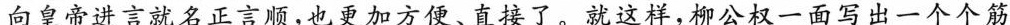
向皇帝进言就名正言顺，也更加方便、直接了。就这样，柳公权一面写出一个个筋